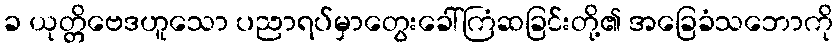
ခ ယုတ္တိဗေဒဟူသော ပညာရပ်မှာတွေးခေါ်ကြံဆခြင်းတို့၏ အခြေခံသဘောကို